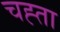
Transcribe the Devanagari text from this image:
चह्ता